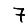
Digit: 7